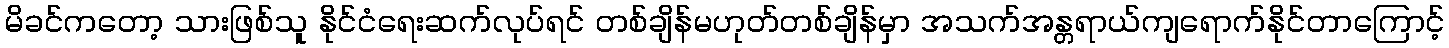
မိခင်ကတော့ သားဖြစ်သူ နိုင်ငံရေးဆက်လုပ်ရင် တစ်ချိန်မဟုတ်တစ်ချိန်မှာ အသက်အန္တရာယ်ကျရောက်နိုင်တာကြောင့်